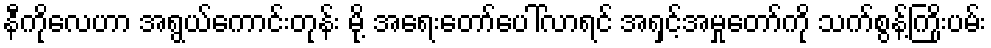
နီကိုလေဟာ အရွယ်ကောင်းတုန်း မို့ အရေးတော်ပေါ်လာရင် အရှင့်အမှုတော်ကို သက်စွန့်ကြိုးပမ်း